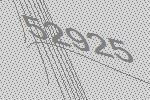
52925